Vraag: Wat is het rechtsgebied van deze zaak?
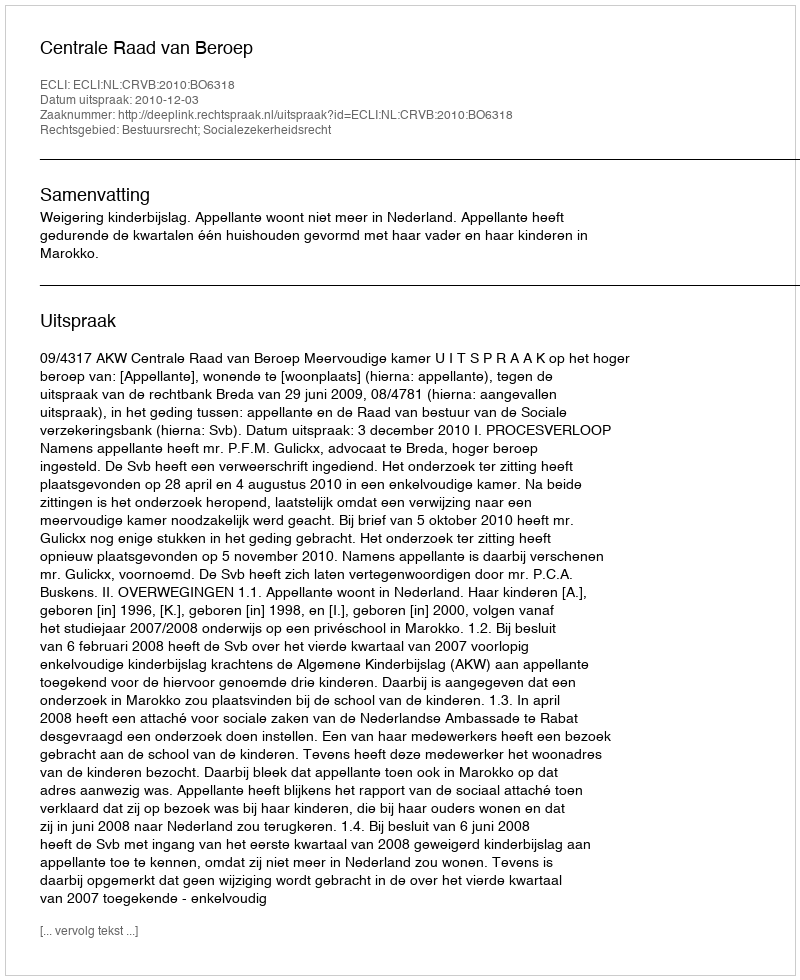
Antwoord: Bestuursrecht; Socialezekerheidsrecht